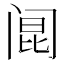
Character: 𰿲